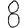
Digit: 8